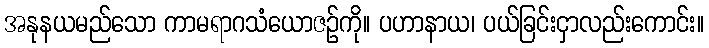
အနုနယမည်သော ကာမရာဂသံယောဇဉ်ကို။ ပဟာနာယ၊ ပယ်ခြင်းငှာလည်းကောင်း။